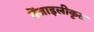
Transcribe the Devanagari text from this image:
बेंजाइलीकृत